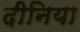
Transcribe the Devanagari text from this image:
दीनिया